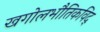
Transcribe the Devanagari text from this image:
खगोलभौतिकविद्